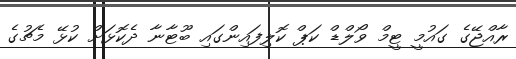
ރާއްޖޭގެ ގައުމީ ޓީމް ވޯލްޑް ކަޕް ކޮލިފައިންގައި ބޫޓާނާ ދެކޮޅަށް ކުޅޭ މެޗުގެ